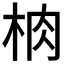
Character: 𱣑